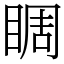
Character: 睭